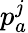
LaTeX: p_{a}^{j}